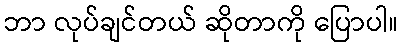
ဘာ လုပ်ချင်တယ် ဆိုတာကို ပြောပါ။